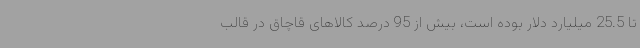
تا 25.5 میلیارد دلار بوده است، بیش از 95 درصد کالاهای قاچاق در قالب